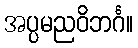
အပ္ပမညဝိဘင်္ဂ။